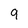
Character: 9